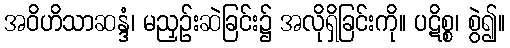
အဝိဟိသာဆန္ဒံ၊ မညှဉ်းဆဲခြင်း၌ အလိုရှိခြင်းကို။ ပဋိစ္စ၊ စွဲ၍။